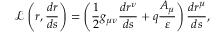
\mathcal { L } \left( r , \frac { d r } { d s } \right) = \left( \frac { 1 } { 2 } g _ { \mu \nu } \frac { d r ^ { \nu } } { d s } + q \frac { A _ { \mu } } { \varepsilon } \right) \frac { d r ^ { \mu } } { d s } ,